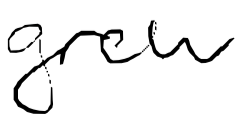
Text: grew
Cross-out: clean
Writing tool: digital_black